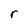
Character: r